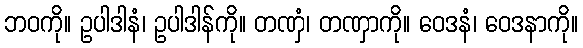
ဘဝကို။ ဥပါဒါနံ၊ ဥပါဒါန်ကို။ တဏှံ၊ တဏှာကို။ ဝေဒနံ၊ ဝေဒနာကို။